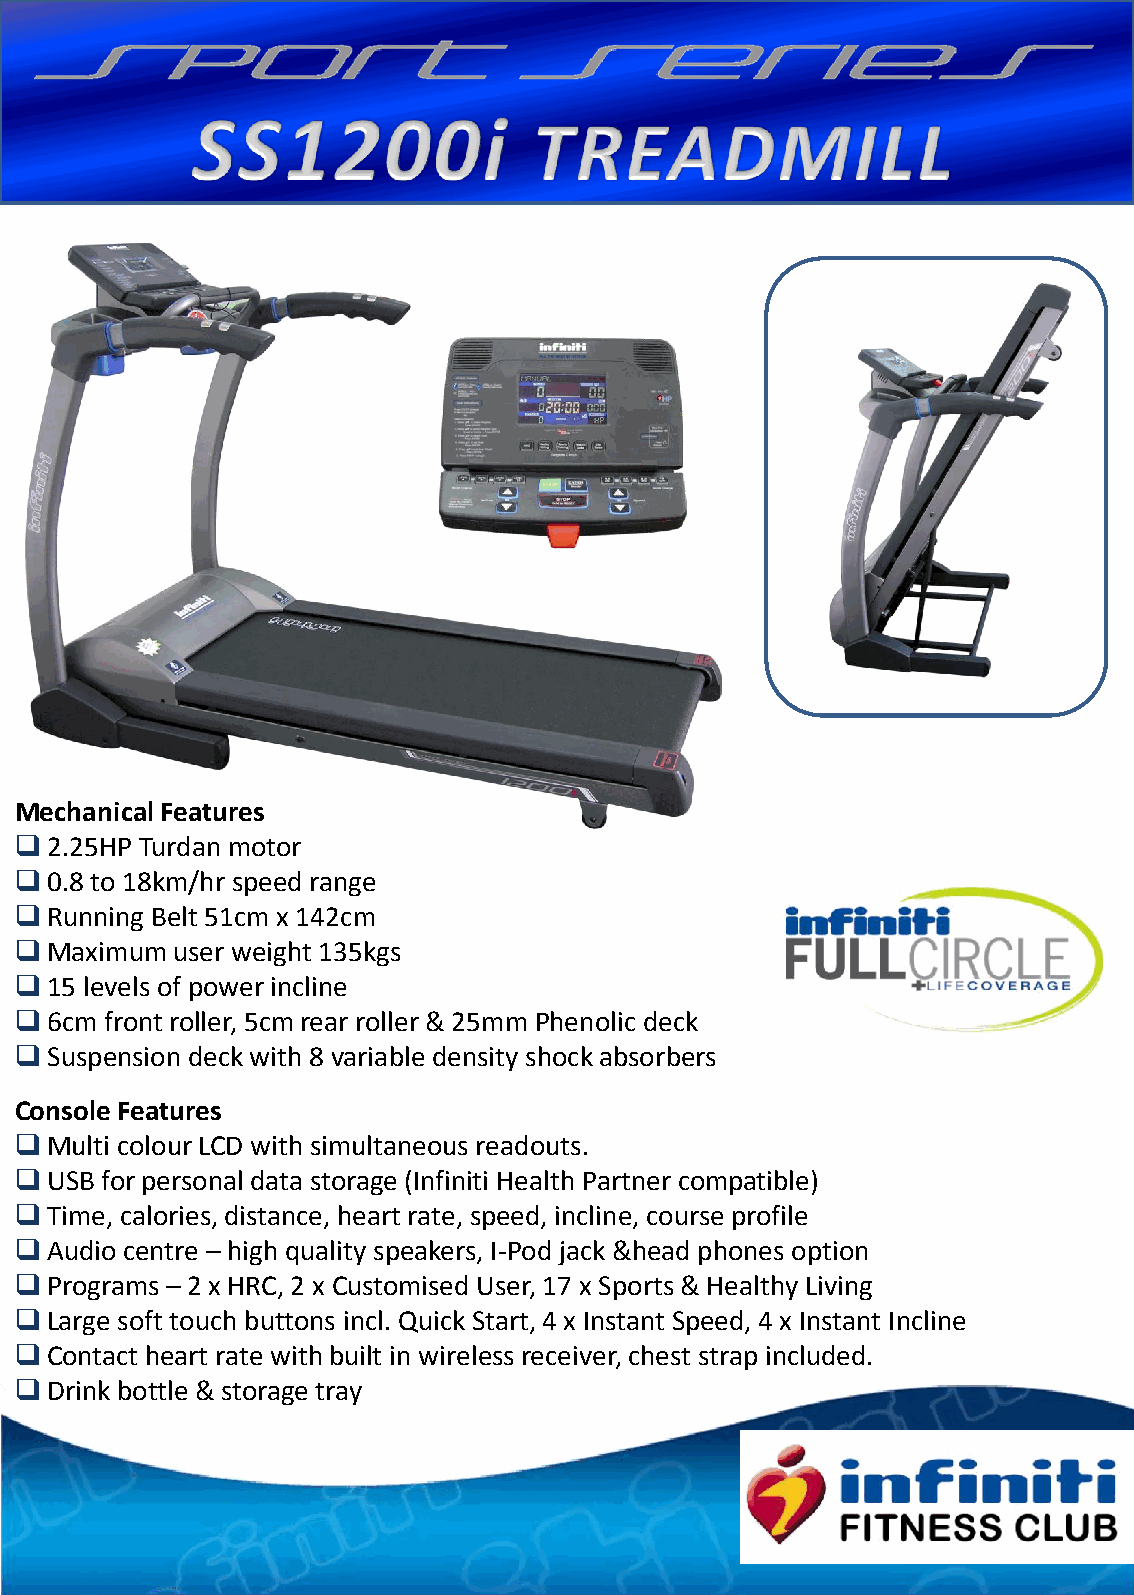
Mechanical Features
 2.25HP Turdan motor
 0.8 to 18km/hr speed range
 Running Belt 51cm x 142cm
 Maximum  user weight 135kgs
 15  levels of power incline
 6cm  front roller, 5cm rear roller & 25mm Phenolic deck
 Suspension deck with 8 variable density shock absorbers
 Console Features
 Multi colour LCD with simultaneous readouts.
 USB  for personal data storage (Infiniti Health Partner compatible)
 Time, calories, distance, heart rate, speed, incline, course profile
 Audio centre – high quality speakers, I-Pod jack &head phones option
 Programs – 2 x HRC, 2 x Customised User, 17 x Sports & Healthy Living
 Large soft touch buttons incl. Quick Start, 4 x Instant Speed, 4 x Instant Incline
 Contact heart rate with built in wireless receiver, chest strap included.
 Drink bottle & storage tray